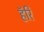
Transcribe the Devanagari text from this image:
हॅरि